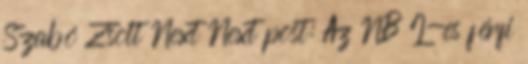
Szabó Zsolt Next Next post: Az NB I-es férfi